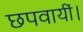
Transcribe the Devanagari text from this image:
छपवायीं।